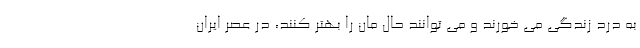
به درد زندگی می خورند و می توانند حال مان را بهتر کنند، در عصر ایران